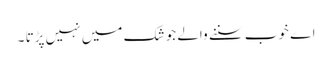
اے خوب سننے والے جو شک میں نہیں پڑتا ۔